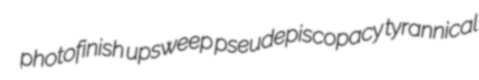
photofinish upsweep pseudepiscopacy tyrannical